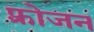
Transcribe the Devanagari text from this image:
फ़्रोजन